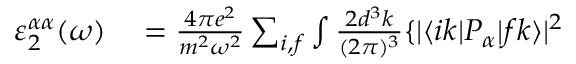
\begin{array} { r l } { \varepsilon _ { 2 } ^ { \alpha \alpha } ( \omega ) } & { { } = \frac { 4 \pi e ^ { 2 } } { m ^ { 2 } \omega ^ { 2 } } \sum _ { i , f } \int \frac { 2 d ^ { 3 } k } { ( 2 \pi ) ^ { 3 } } \{ | \langle i k | P _ { \alpha } | f k \rangle | ^ { 2 } } \end{array}